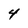
Character: 4